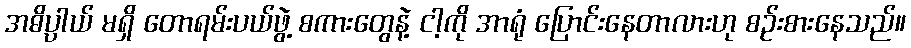
အဓိပ္ပာယ် မရှိ တောရမ်းပယ်ဖွဲ့ စကားတွေနဲ့ ငါ့ကို အာရုံ ပြောင်းနေတာလားဟု စဉ်းစားနေသည်။